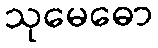
သုမေဓော